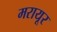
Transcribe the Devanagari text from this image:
मरायूर